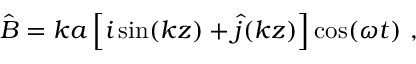
\hat { B } = k a \left[ i \sin ( k z ) + \hat { j } ( k z ) \right] \cos ( \omega t ) \ ,